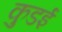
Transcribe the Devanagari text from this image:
कुडई